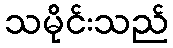
သမိုင်းသည်